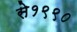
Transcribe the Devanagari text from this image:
से१९९०